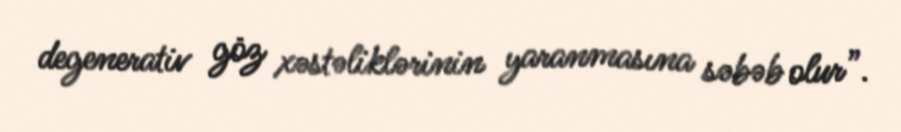
degenerativ göz xəstəliklərinin yaranmasına səbəb olur”.